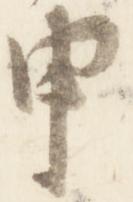
申